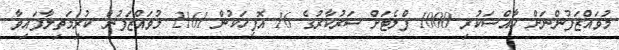
މުވައްޒަފުންނަށް ހާއްސަކުރި 1000 ފްލެޓަށް ސަރުކާރުގެ 16 އޮފީހަކުން 2161 މުވައްޒަފުން ކުރިމަތިލާފައިވާ